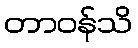
တာဝန်သိ